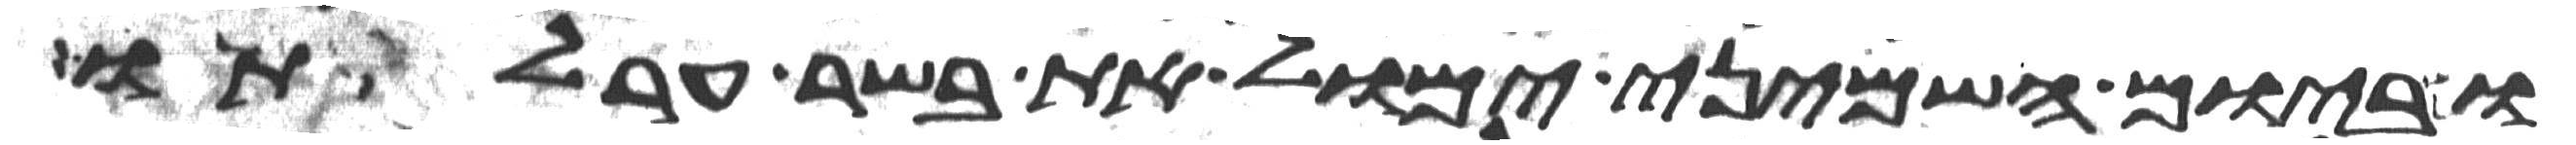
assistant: וביום השמיני ימול את בשר ערלתו